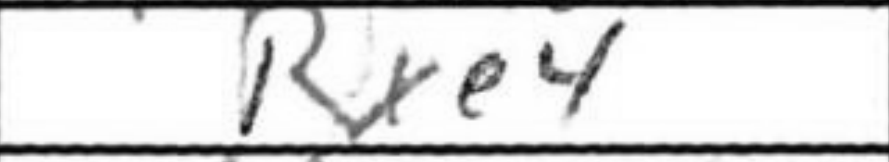
Transcription: Rxe4